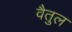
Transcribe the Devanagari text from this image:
वैतुल